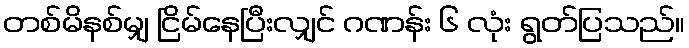
တစ်မိနစ်မျှ ငြိမ်နေပြီးလျှင် ဂဏန်း ၆ လုံး ရွတ်ပြသည်။